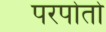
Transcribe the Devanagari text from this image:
परपोतो